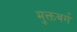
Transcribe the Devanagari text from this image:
मुक्तवर्ग